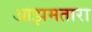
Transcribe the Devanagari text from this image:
आझमतारा